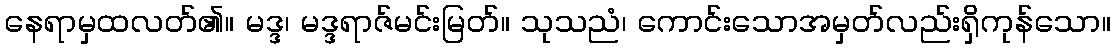
နေရာမှထလတ်၏။ မဒ္ဒ၊ မဒ္ဒရာဇ်မင်းမြတ်။ သုသညံ၊ ကောင်းသောအမှတ်လည်းရှိကုန်သော။